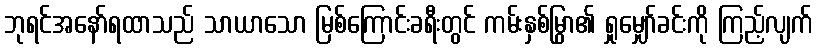
ဘုရင်အနော်ရထာသည် သာယာသော မြစ်ကြောင်းခရီးတွင် ကမ်းနှစ်မြွှာ၏ ရှုမျှော်ခင်းကို ကြည့်လျက်